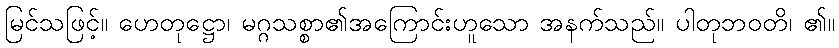
မြင်သဖြင့်။ ဟေတုဋ္ဌော၊ မဂ္ဂသစ္စာ၏အကြောင်းဟူသော အနက်သည်။ ပါတုဘဝတိ၊ ၏။